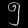
Digit: ၅